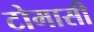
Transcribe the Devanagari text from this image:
टोमासी